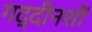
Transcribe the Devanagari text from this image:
गद्दीनशीं